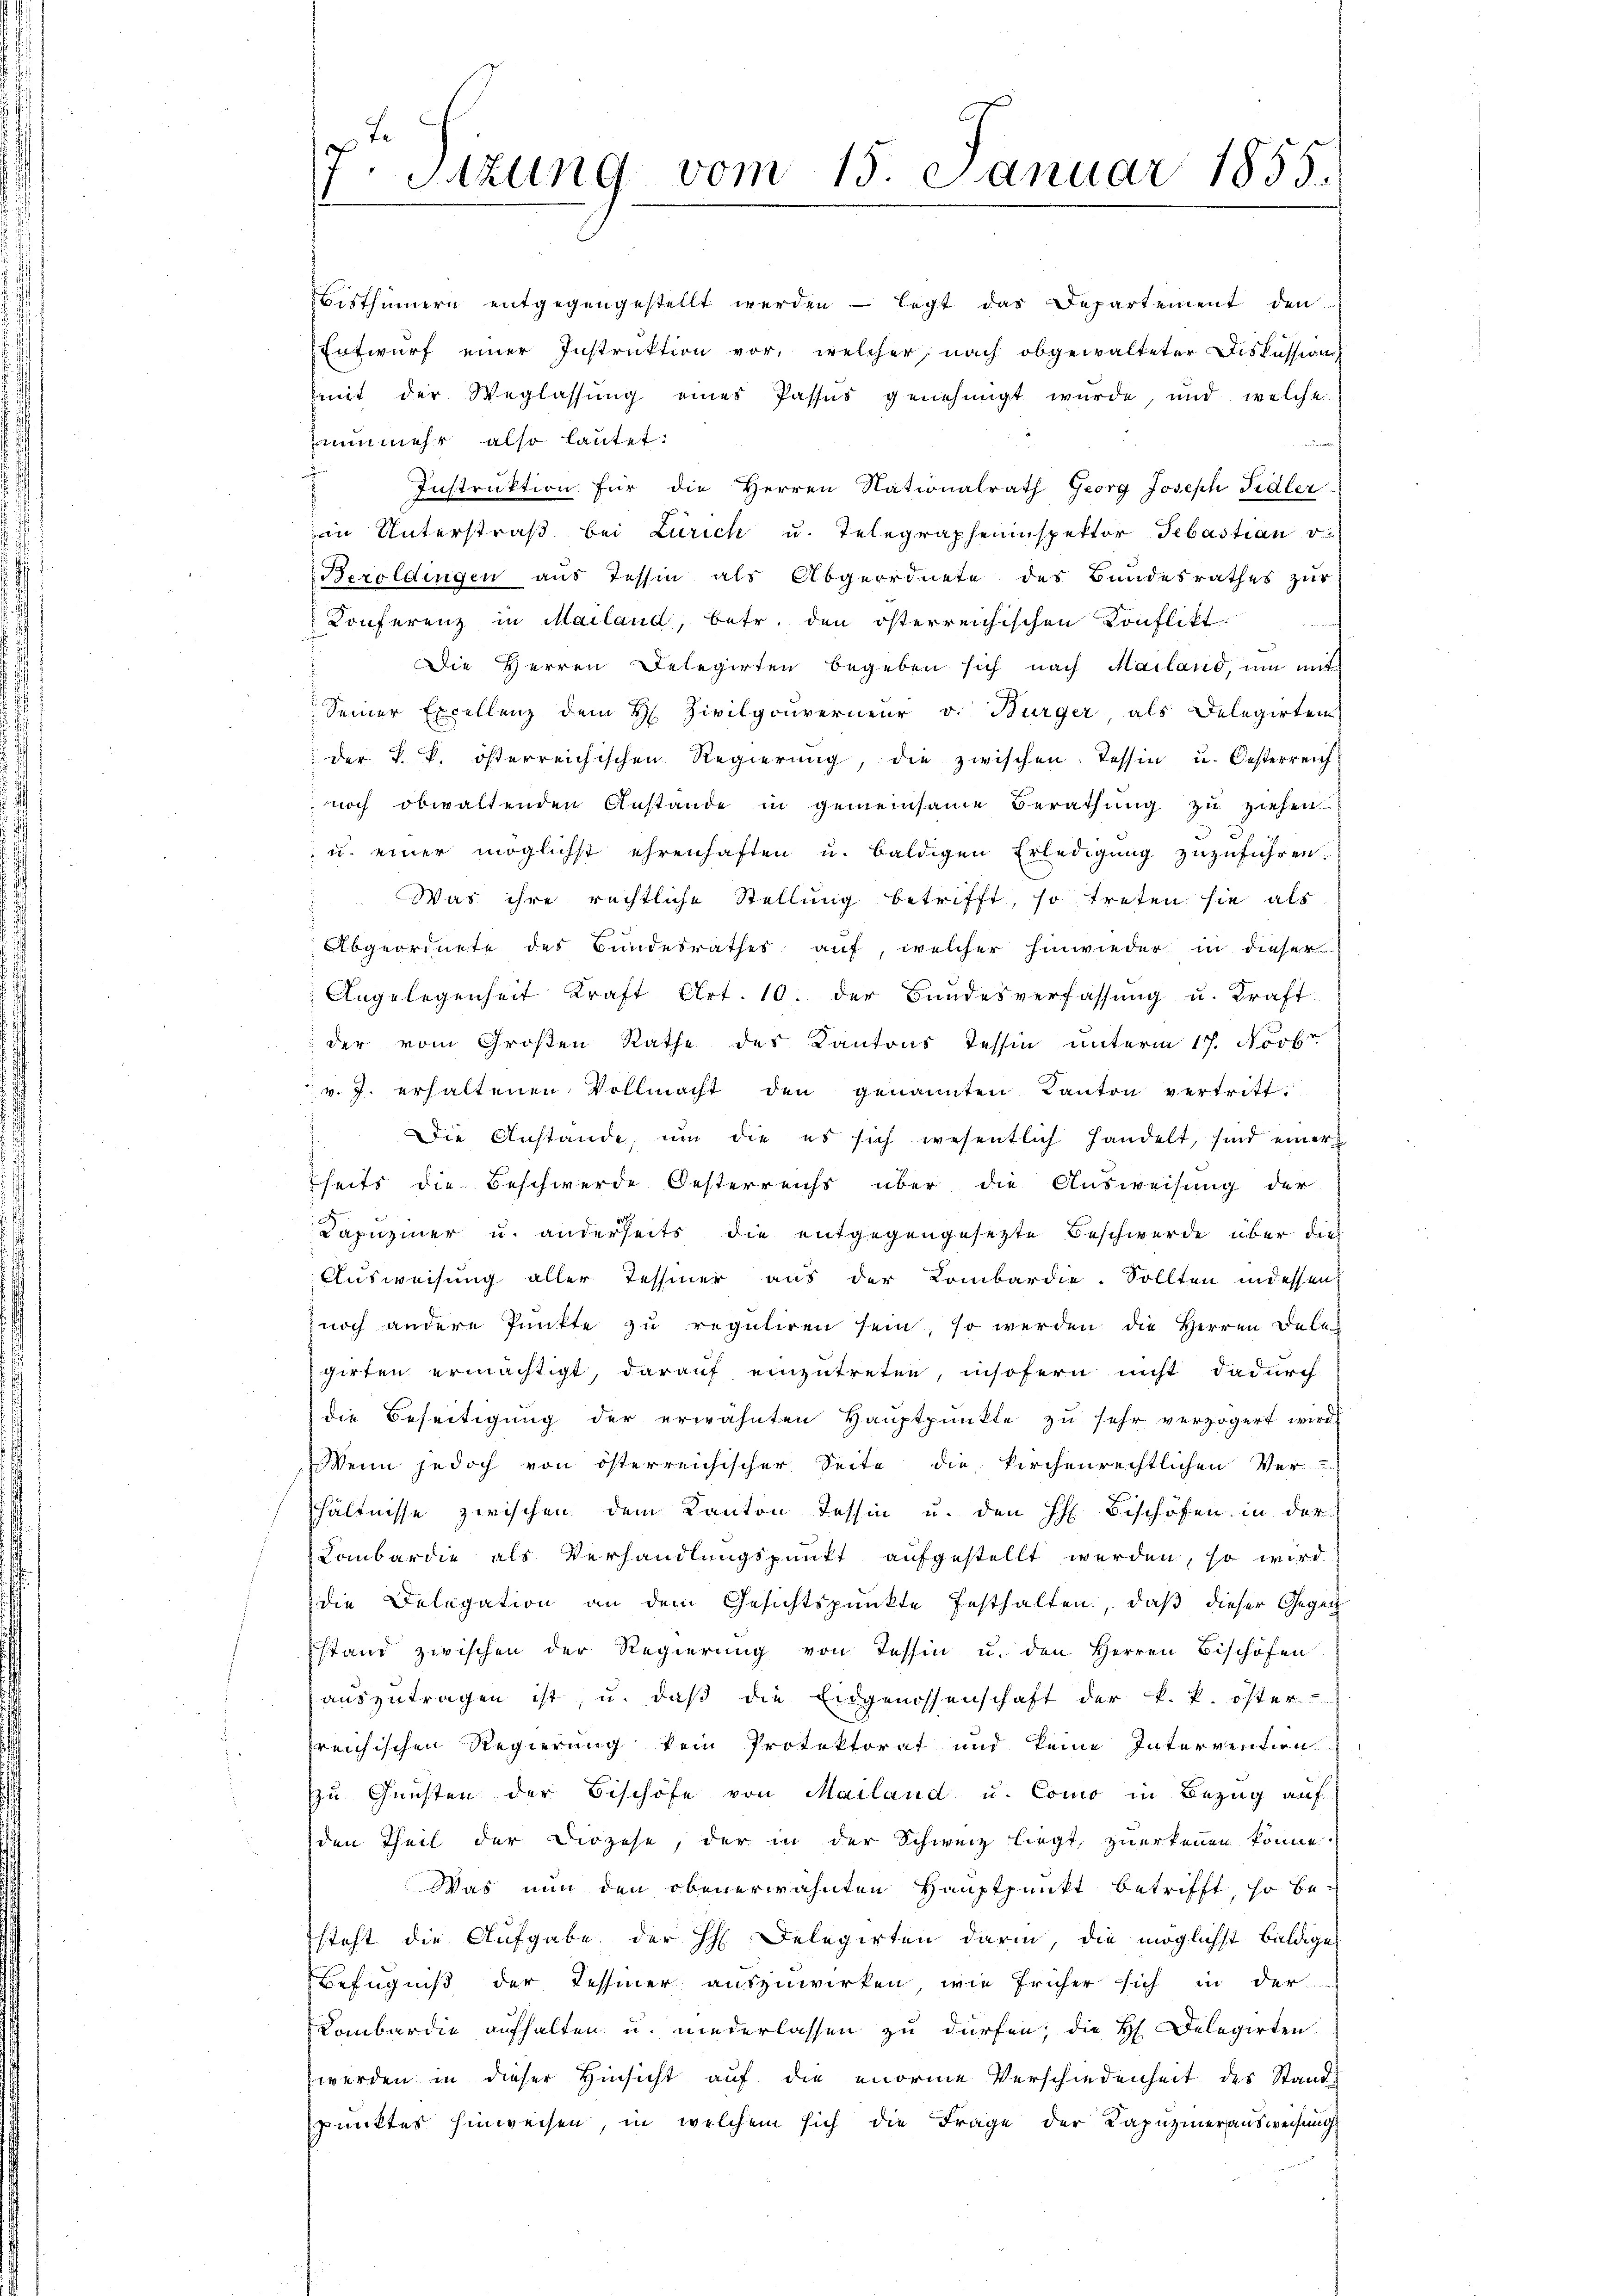
v Sizung vom 15. Januar 1855.
1
.

Bisthümern entgegengestellt werden legt das Departement den
Entwurf einer Instruktion vor, welcher nach obgewalteter Diskussions
mit der Weglassung eines Passus genehmigt wurde, und welche
nunmehr also lautet:
e
f
Instruktion für die Herren Nationalrath Georg Joseph Fidler
in Unterstraß bei Zürich u. Telegrapheninspektor Sebastian v.
Beroldingen aus Tessin als Abgeordnete des Bundesrathes zur
Conferenz in Mailand, betr. den österreichischen Konflikt
Die Herren Delegirten begeben sich nach Mailand, um mit
Seiner Excellenz dem H. Zivilgouverneur v. Bürger als Delegirten
der k. k. österreichischen Regierŭng, die zwischen Tessin u. Oesterreich
noch obwaltenden Anstande in gemeinsame Berathung zu ziehen
 u. einer möglichst ehrenhaften u. baldigen Erledigung zuzuführen.
Was ihre rechtliche Stellung betrifft, so treten sie als
Abgeordnete des Bundesrathes auf, welcher hinwieder in dieser
Angelegenheit Kraft Art. 10. der Bŭndesverfassŭng u. Kraft
der vom Großen Rathe des Kantons Tessin unterm 17. Novbr.
v. J. erhaltenen Vollmacht den genannten Kanton vertritt.
Die Anstande, um die es sich wesentlich handelt, sind einer
heits die Beschwerde Oesterreichs über die Ausweisung der
Kapuziner u. anderseits die entgegengesetzte Beschwerde über dies
Ausweisung aller Tessiner aus der Kombardie. Sollten in dessen
noch andere Punkte zu reguliren sein, so werden die Herren Dele
girten ermächtigt, darauf einzutreten, insofern nicht dadurch
die Beseitigung der erwähnten Hauptpunkte zu sehr verzögert wird.
Wenn jedoch von österreichischer Seite die kirchenrechtlichen Ver-
hältnisse zwischen dem Kanton Tessin u. den H. Bischöfen in der
Lombardie als Verhandlungspunkt aufgestellt werden, so wird
die Delegation an dem Gesichtspunkte festhalten, daß dieser Gegen
stand zwischen der Regierŭng von Tessin u. den Herren Bischofen
auszutragen ist, u. daß die Eidgenossenschaft der k. k. öster
reichischen Regierung kein Protektorat und keine Intervention
zu Gunsten der Bischöfe von Mailand u. Como in Bezug auf
den Theil der Diözese, der in der Schweiz liegt, zuerkennen könne.
Was nun den obenerwähnten Hauptpunkt betrifft, so be-
steht die Aufgabe der H Delegirten darin, die möglichst baldiges
Befugniß der Tessiner auszuwirken, wie früher sich in der
Lombardie aufhalten u. niederlassen zu dürfen, die H. Delegirten
werden in dieser Hinsicht auf die enorme Verschiedenheit des Stand
spunktes hinweisen, in welchem sich die Frage der Kapuzinerausweisung